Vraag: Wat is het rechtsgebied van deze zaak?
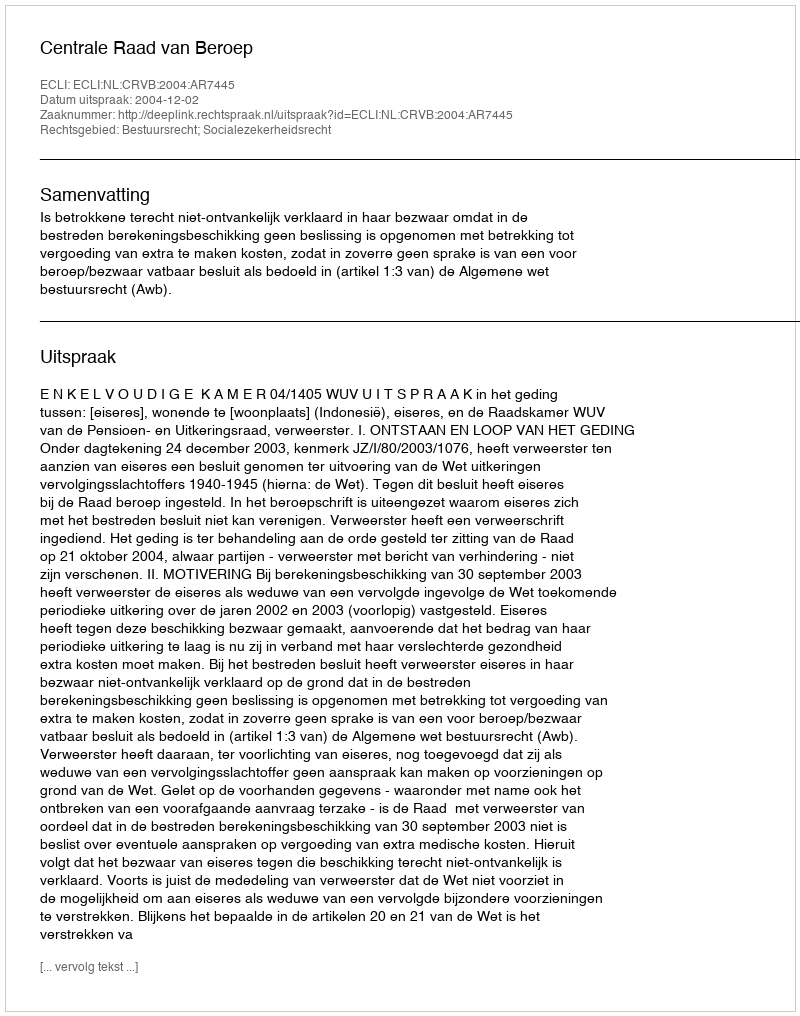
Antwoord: Bestuursrecht; Socialezekerheidsrecht